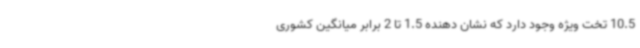
10.5 تخت ویژه وجود دارد که نشان دهنده 1.5 تا 2 برابر میانگین کشوری